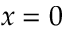
x = 0